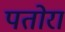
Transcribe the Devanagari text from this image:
पतोरा